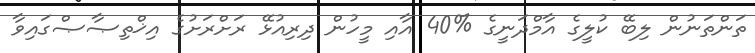
ތަންތަނުން ލިބޭ ކުލީގެ އާމްދަނީގެ %40 އާއި މީހުން ދިރިއުޅޭ ރަށްރަށުގެ އިޚްތިޞާޞްގައިވާ